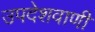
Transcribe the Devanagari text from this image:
उपदेशवाणी